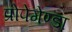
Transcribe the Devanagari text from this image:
प्रोपेगेण्डा